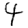
Digit: 4